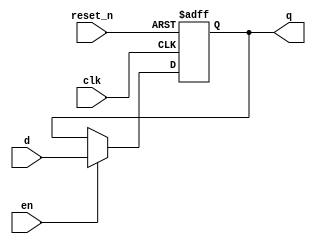
module _dff_r_en(clk, reset_n, en, d, q);
	
	input clk, reset_n, en, d; // input ports
	output reg 	q; 				// output port & reg
	
	always @ (posedge clk or negedge reset_n) begin
		if(reset_n == 0) 	q <= 1'b0;
		else if (en)		q <= d;
		else					q <= q;
	end
	
endmodule